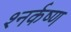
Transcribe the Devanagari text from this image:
श्नर्कष्ण